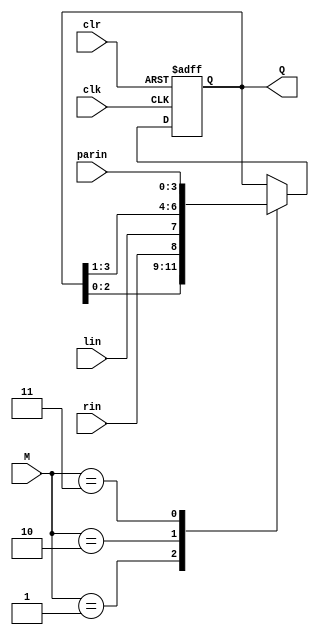
`timescale 1ns / 1ps
//////////////////////////////////////////////////////////////////////////////////
// Company: 
// Engineer: 
// 
// Design Name: 
// Module Name: univshift
// Project Name: 
// Target Devices: 
// Tool Versions: 
// Description: 
// 
// Dependencies: 
// 
// Revision:
// Revision 0.01 - File Created
// Additional Comments:
// 
//////////////////////////////////////////////////////////////////////////////////


module univshift(input clk, input lin, input rin , input clr ,input [1:0] M,
                input [3:0] parin, output reg [3:0] Q);
                always @(negedge clr or posedge clk)
                    if(!clr)
                        Q <= 4'b0000;
                    else
                        case(M)
                        2'b00 : ;
                        2'b01 : Q <= { Q[2:0] , rin };
                        2'b10 : Q <= { lin , Q[3:1] };
                        2'b11 : Q <= parin;
                        endcase
endmodule